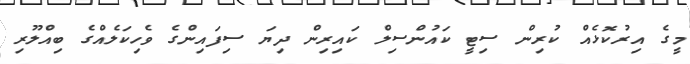
މީގެ އިރުކޮޅެއް ކުރިން ސިިޓީ ކައުންސިލް ކައިރިން ދިޔަ ސިފައިންގެ ވެހިކަލެއްގެ ބިއްލޫރި